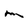
Character: m